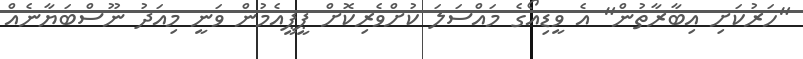
"ހަރުކަށި އިބާރާތުން" އެ ވީޑިއޯގެ މައްސަލަ ކުށްވެރިކޮށް ޕީޕީއެމުން ވަނީ މިއަދު ނޫސްބަޔާނެއް